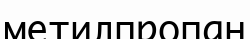
метилпропан